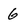
Character: 6